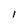
Character: I